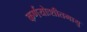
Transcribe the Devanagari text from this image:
कर्णयोःशीतमायु